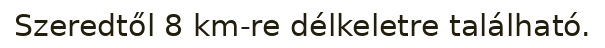
Szeredtől 8 km-re délkeletre található.